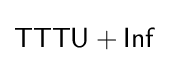
{\mathsf {TTTU+Inf}}